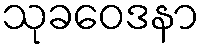
သုခဝေဒနာ